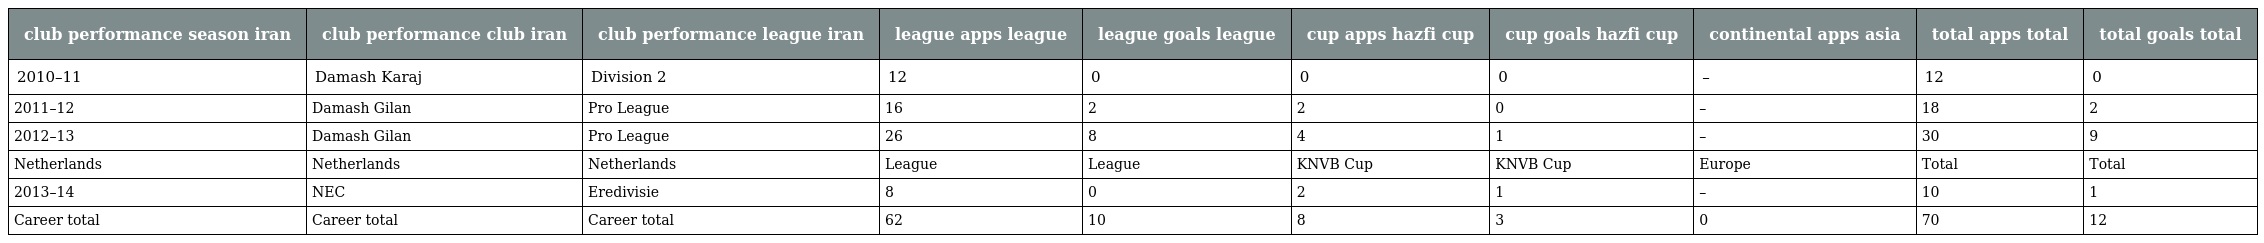
| club performance season iran | club performance club iran | club performance league iran | league apps league | league goals league | cup apps hazfi cup | cup goals hazfi cup | continental apps asia | total apps total | total goals total |
 | --- | --- | --- | --- | --- | --- | --- | --- | --- | --- |
 | 2010–11 | Damash Karaj | Division 2 | 12 | 0 | 0 | 0 | – | 12 | 0 |
 | 2011–12 | Damash Gilan | Pro League | 16 | 2 | 2 | 0 | – | 18 | 2 |
 | 2012–13 | Damash Gilan | Pro League | 26 | 8 | 4 | 1 | – | 30 | 9 |
 | Netherlands | Netherlands | Netherlands | League | League | KNVB Cup | KNVB Cup | Europe | Total | Total |
 | 2013–14 | NEC | Eredivisie | 8 | 0 | 2 | 1 | – | 10 | 1 |
 | Career total | Career total | Career total | 62 | 10 | 8 | 3 | 0 | 70 | 12 |